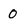
Character: 0